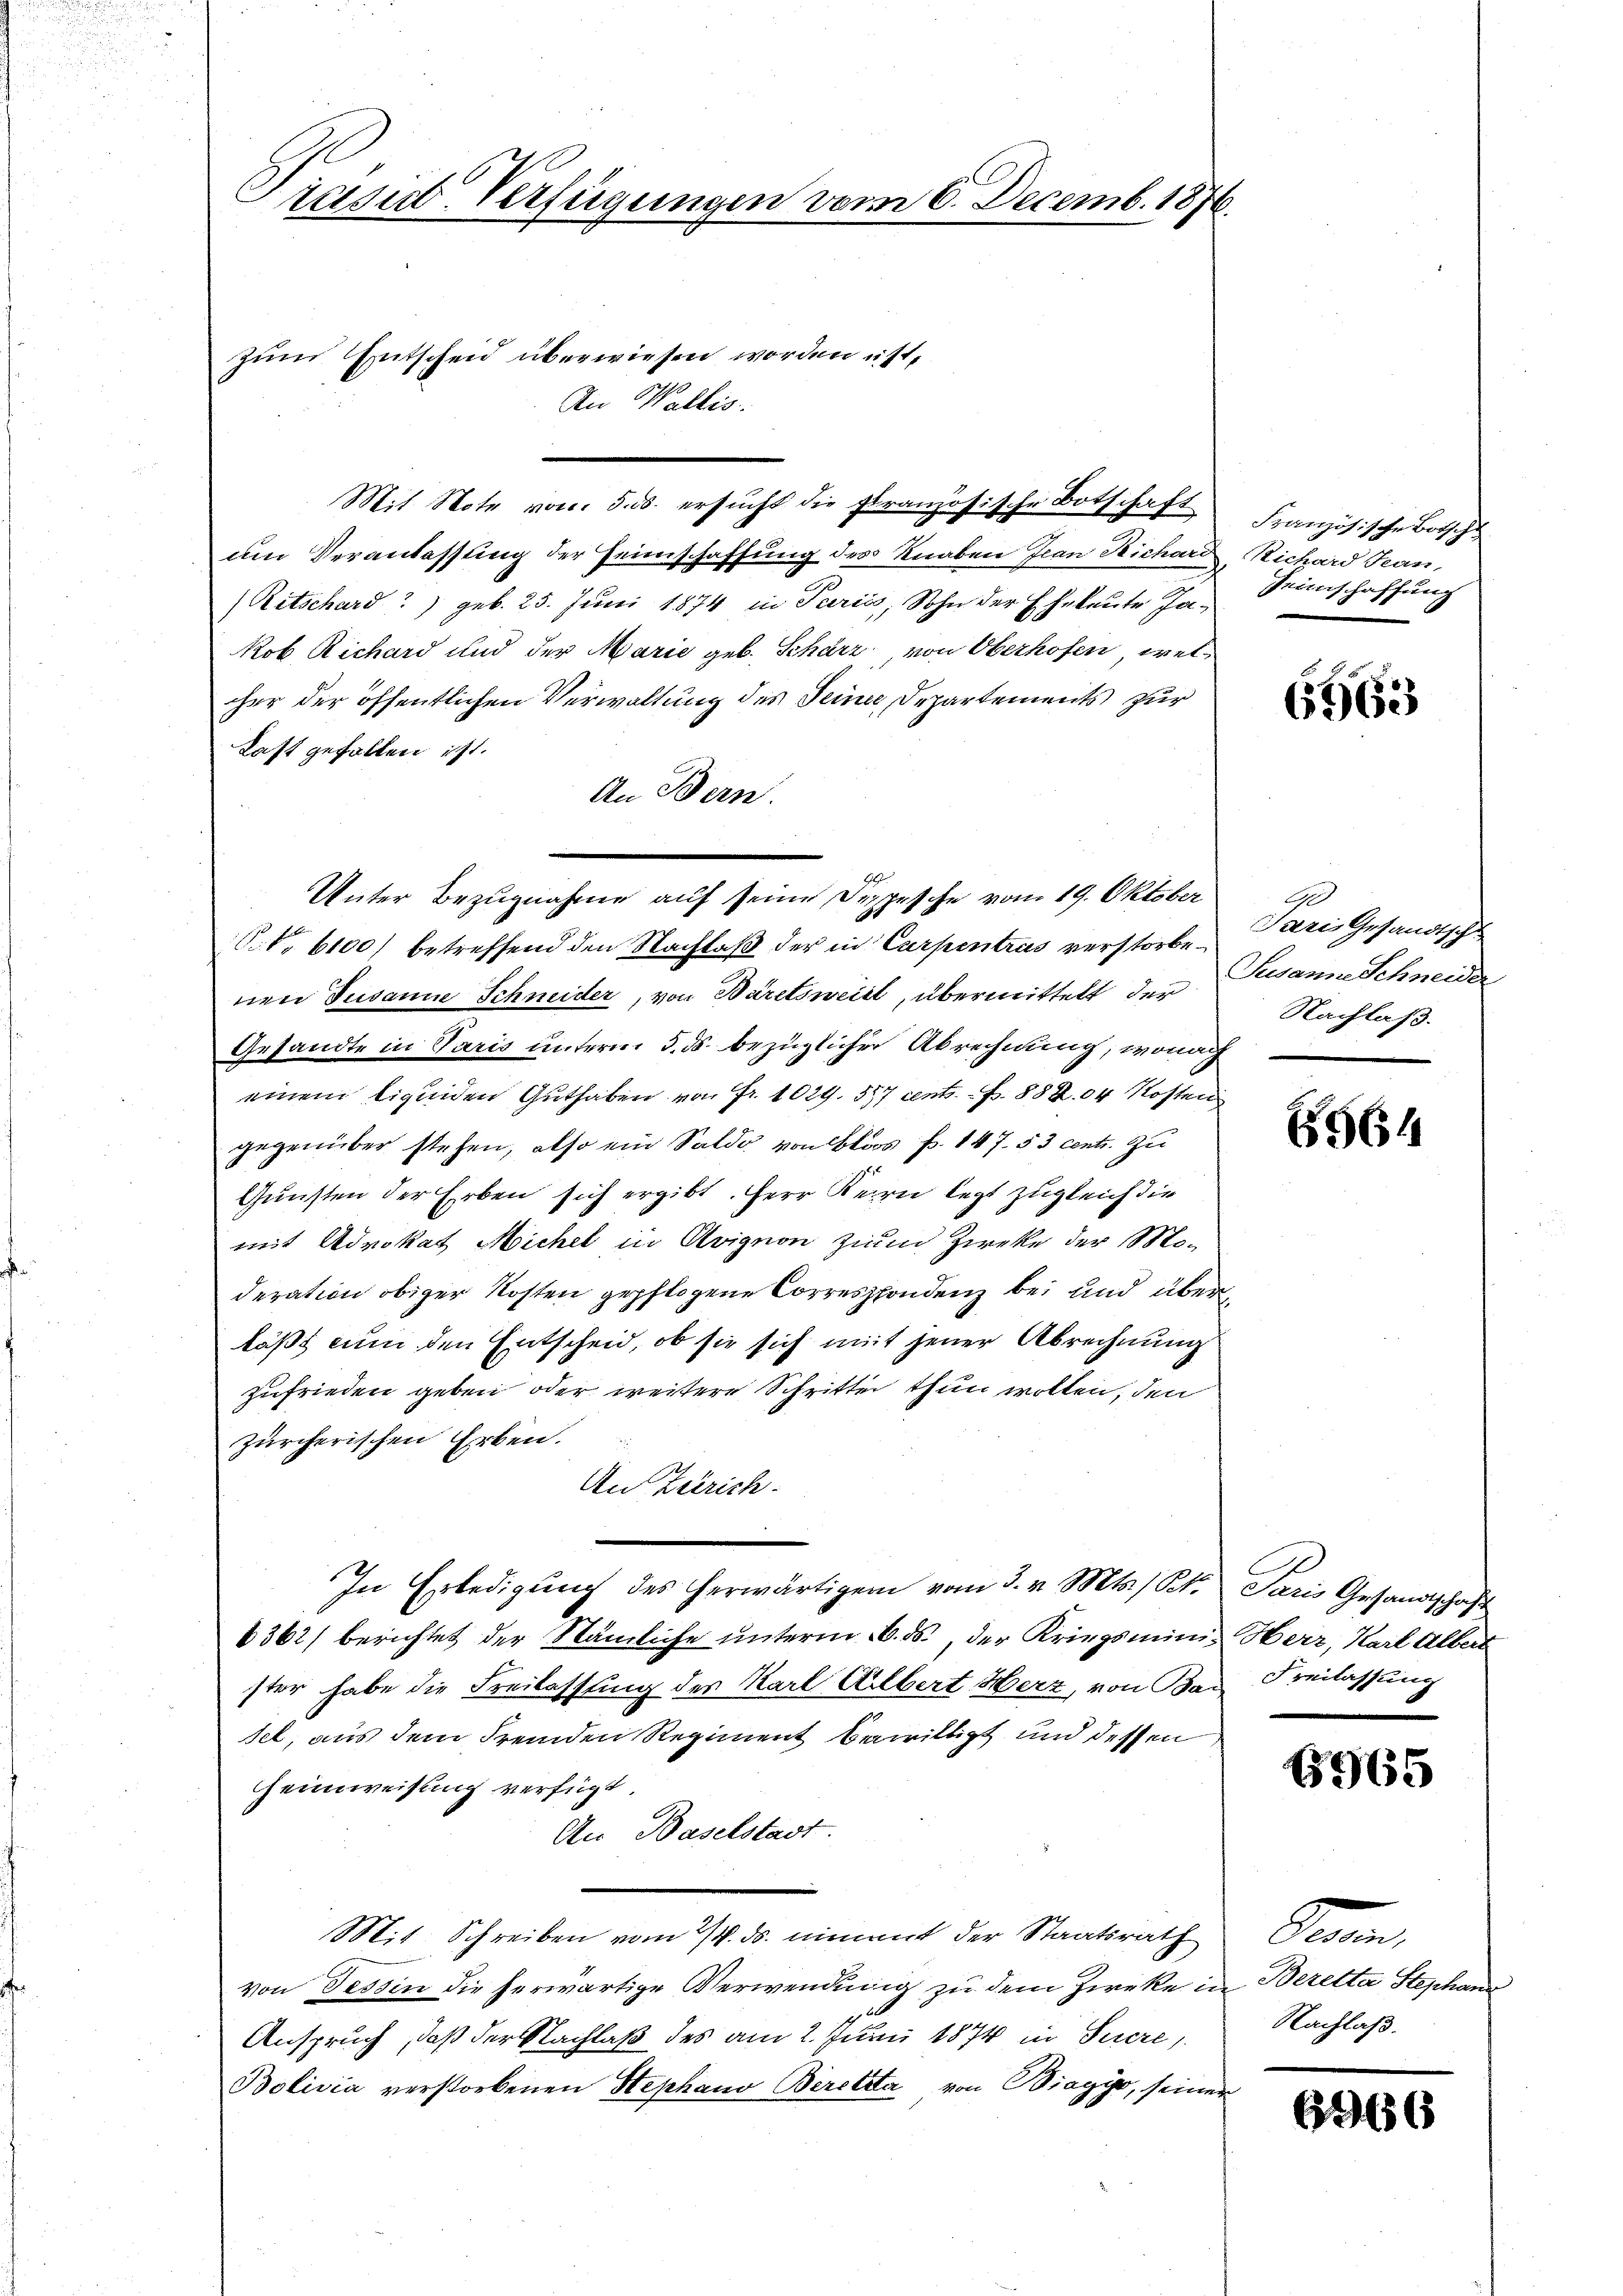
zum Entscheid überwiesen worden ist,
Mit Note von 5. ds. ersucht die Französische Botschaft
am Veranlassung der Heimschaffung des Knaben Jean Richard
Ritschard?) geb. 25. Juni 1874 in Paris, Sohn der Eheleute Jakob Richard und der Marie geb. Schärz, von Oberhofen, welcher der öffentlichen Verwaltung des Seine Departements zur
Last gefallen ist.
An Bern.

Trasud-Verfügungen vom 6. Decemb. 1876.

Unter Bezugnahme auf seine Depesche vom 19. Oktober
.No 6100) betreffend den Nachlaß der in Carpentrus verstorbe¬

An Wallis.

nen Susanne Schneider, von Bäretsweist, übermittelt der Zwanne Schneider
Gesandte in Paris unterm 5. ds. bezüglicher Abrechnung, wonach
einem liquiden Guthaben von Fr. 1029. 557 ents. f. 882. 04 kosten
gegenüber stehen, also ein Saldo von Blos p. 147. 53 centi. Zu
Gunsten der Erben sich ergibt. Herr Kern letzt zugleich die
mit Advokat Michel in Avignon zum Zirke der Moderation obiger Kosten gepflogene Correspondenz bei und überläßt nun den Entscheid, ob sie sich mit jener Abrechnung
zufrieden geben oder weitere Schritte thun wollen, den
zürcherischen Erben.
An Zürich-
In Erledigŭng des herwärtigen vom 3. v. Mts. St. Paris Gesandtschaft
6362) berichtet der Stämliche unterm 16. ds., der Kriegsminis Herr, Karl Albert
ster habe die Freilassung der Karl Albert Herz, von Bad Freilassung
sel, aus dem Fremden Regiment bewilligt und dessen
Heimweisung verfügt,
An Baselstadt.
Mit Schreiben vom 7. ds. nimmt der Staatsrath
von Tessin die herwärtige Verwendung zu dem Zwecke in Berelta Steschen
Anspruch, daß der Nachlaß des am 2. Junii 1874 in Secre
Bolivia verstorbenen Stephano Beretta von Biagys, seiner

Französische Botsche
Richard Jean,
seinschaffung

6563

Ge
Paris Gesandtschu
Nachlaß.

6564

6965

Deren,
Nachlaß.

6366